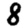
Digit: 8